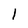
Character: l